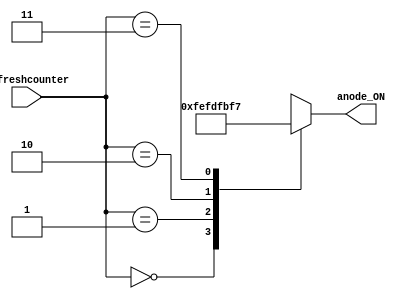
`timescale 1ns / 1ps 
 
 
module anodos( 
input [1:0]refreshcounter,
output reg[7:0] anode_ON   
    );

always@(refreshcounter) 
    begin 
        case (refreshcounter) 
            4'b0000: 
                anode_ON = 8'b11111110;//anodo en la posicion cero 
            4'b0001: 
                anode_ON = 8'b11111101;//anodo en la posicion uno 
            4'b0010: 
                anode_ON = 8'b11111011;//anodo en la posicion dos
            4'b0011: 
                anode_ON = 8'b11110111;//anodo en la posicion tres
            //4'b0100: 
              //  anode_ON = 8'b11101111;//anodo en la posicion cuatro 
            //4'b0101: 
             //   anode_ON = 8'b11011111;//anodo en la posicion cinco 
            //4'b0110: 
            //    anode_ON = 8'b10111111;//anodo en la posicion seis
            //4'b0111: 
            //    anode_ON = 8'b01111111;//anodo en la posicion siete 
             
        endcase 
     end
endmodule